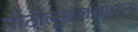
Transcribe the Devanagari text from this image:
पीठोलूखलसोपानः